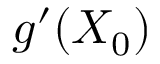
g ^ { \prime } ( X _ { 0 } )